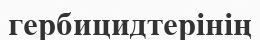
гербицидтерінің